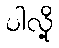
ပါလို့